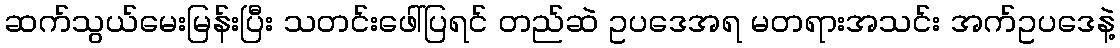
ဆက်သွယ်မေးမြန်းပြီး သတင်းဖေါ်ပြရင် တည်ဆဲ ဥပဒေအရ မတရားအသင်း အက်ဥပဒေနဲ့